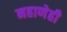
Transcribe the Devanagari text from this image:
नहाणेही